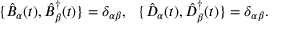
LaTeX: \{ \hat { B } _ { \alpha } ( t ) , \hat { B } _ { \beta } ^ { \dagger } ( t ) \} = \delta _ { \alpha \beta } , ~ ~ \{ \hat { D } _ { \alpha } ( t ) , \hat { D } _ { \beta } ^ { \dagger } ( t ) \} = \delta _ { \alpha \beta } .